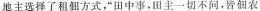
地主选择了租佃方式”田中事，田主一切不问，皆佃农